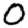
Digit: 0